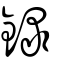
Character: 錄